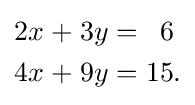
{\begin{alignedat}{5}2x&&\;+\;&&3y&&\;=\;&&6&\\4x&&\;+\;&&9y&&\;=\;&&15&.\end{alignedat}}